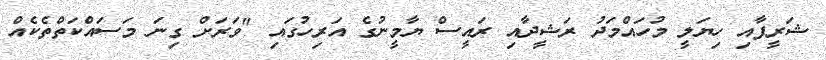
ޝަރީފާއި ހިޔަލީ މުހައްމަދު ރަޝީދާއި ރައީސް ޔާމީނުގެ އަރިހުގައި "ވަރަށް ގިނަ މަސައްކަތްތެކެއް